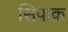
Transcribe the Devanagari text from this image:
सिपाक